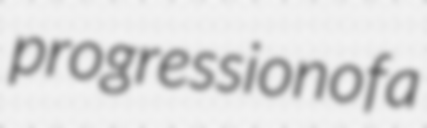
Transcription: progression of a